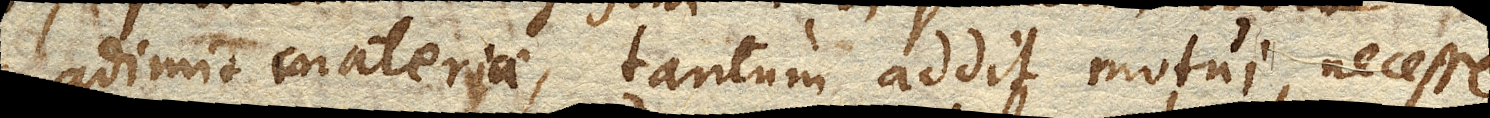
adimit materiae, tantum addit motui, necesse